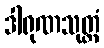
ဒါရုဏသုတ္တံ